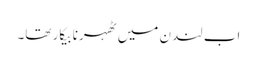
اب لندن میں ٹھہرنا بیکار تھا۔